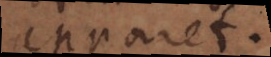
apparet.